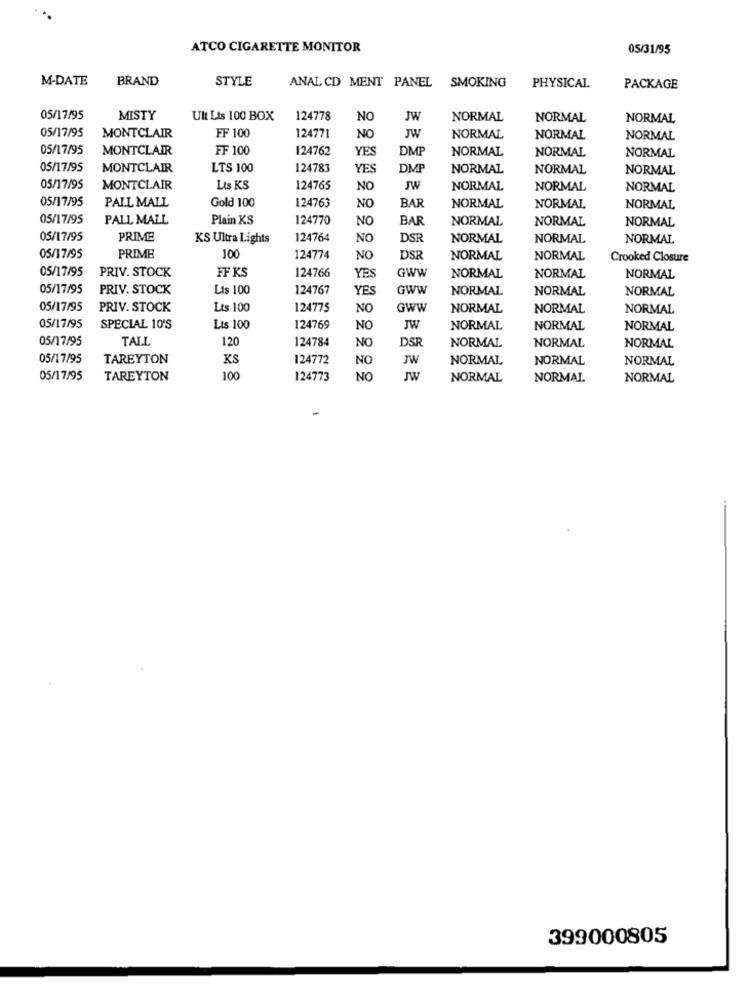
ATCO CIGARETTE MONITOR
05/31/95
M-DATE
BRAND
STYLE
ANAL CD MENT PANEL SMOKING
PHYSICAL
PACKAGE
05/17/95
MISTY
Ult Lis 100 BOX
124778
NO
JW
NORMAL
NORMAL
NORMAL
05/17/95
FF 100
JW
MONTCLAIR
124771
NO
NORMAL
NORMAL
NORMAL
05/17/95
MONTCLAIR
FF 100
124762
YES
DMP
NORMAL
NORMAL
NORMAL
05/17/95
MONTCLAIR
LTS 100
124783
YES
DMP
NORMAL
NORMAL
NORMAL
05/17/95
MONTCLAIR
Lts KS
124765
NO
JW
NORMAL
NORMAL
NORMAL
05/17/95
PALL MALL
Gold 100
124763
NO
BAR
NORMAL
NORMAL
NORMAL
05/17/95
PALL MALL
Plain KS
124770
NO
BAR
NORMAL
NORMAL
NORMAL
05/17/95
PRIME
KS Ultra Lights
124764
NO
DSR
NORMAL
NORMAL
NORMAL
05/17/95
PRIME
100
124774
NO
DSR
NORMAL
NORMAL
Crooked Closure
05/17/95
PRIV. STOCK
FF KS
124766
YES
GWW
NORMAL
NORMAL
NORMAL
05/17/95
PRIV. STOCK
Lis 100
124767
YES
GWW
NORMAL
NORMAL
NORMAL
05/17/95
PRIV. STOCK
Lts 100
124775
NO
GWW
NORMAL
NORMAL
NORMAL
05/17/95
SPECIAL 10'S
Lts 100
124769
NO
JW
NORMAL
NORMAL
NORMAL
05/17/95
TALL
120
124784
NO
DSR
NORMAL
NORMAL
NORMAL
05/17/95
TAREYTON
KS
124772
NO
JW
NORMAL
NORMAL
NORMAL
05/17/95
TAREYTON
100
124773
NO
JW
NORMAL
NORMAL
NORMAL
-
399000805